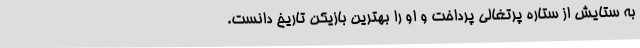
به ستایش از ستاره پرتغالی پرداخت و او را بهترین بازیکن تاریخ دانست.